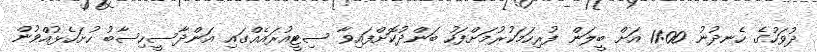
ދުވަހުގެ ހެނދުނު 11:00 އަށް ބީލަން ފުރިހަމަކުރުމަށްފަހު ބަންދުކޮށްފައިވާ ސިޓީއުރައެއްގައި އަންދާސީހިސާބު ހުށަހެޅުއްވުން